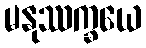
မနုဿက္ခယေ